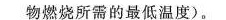
物燃烧所需的最低温度)。